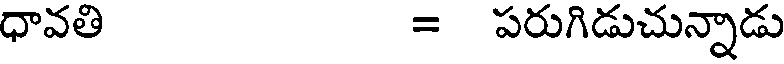
ధావతి = పరుగిడుచున్నాడు